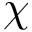
\chi